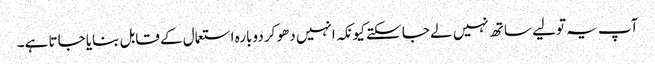
آپ یہ تولیے ساتھ نہیں لے جا سکتے کیونکہ انہیں دھو کر دوبارہ استعمال کے قابل بنایا جاتا ہے۔